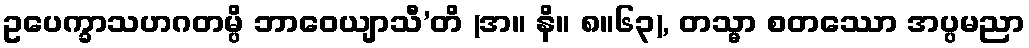
ဥပေက္ခာသဟဂတမ္ပိ ဘာဝေယျာသီ’တိ (အ။ နိ။ ၈။၆၃), တသ္မာ စတဿော အပ္ပမညာ